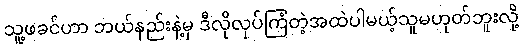
သူ့ဖခင်ဟာ ဘယ်နည်းနဲ့မှ ဒီလိုလုပ်ကြံတဲ့အထဲပါမယ့်သူမဟုတ်ဘူးလို့